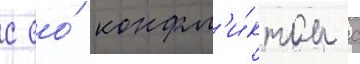
с ео́ конфл'и́ктом с